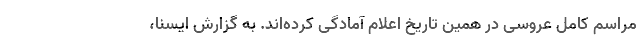
مراسم کامل عروسی در همین تاریخ اعلام آمادگی کرده‌اند. به گزارش ایسنا،